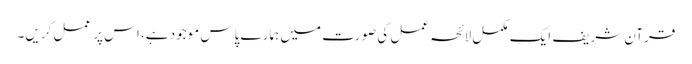
قرآن شریف ایک مکمل لائحہ عمل کی صورت میں ہمارے پاس موجود ہے، اس پر عمل کریں۔